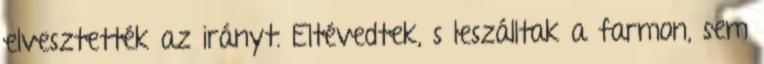
elvesztették az irányt. Eltévedtek, s leszálltak a farmon, sem